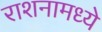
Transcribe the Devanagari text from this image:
राशनामध्ये